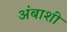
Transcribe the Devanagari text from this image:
अंबाशी